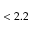
< 2 . 2